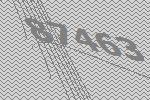
87463